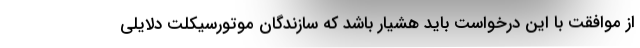
از موافقت با این درخواست باید هشیار باشد که سازندگان موتورسیکلت دلایلی